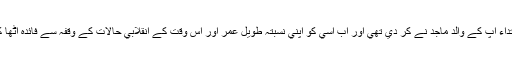
سوا علوم اھل بيت(ع)کے تحفظ و اشاعت کي اس مھم کے جس کي کھل کر ابتداء آپ کے والد ماجد نے کر دي تھي اور اب اسي کو اپني نسبتہ طويل عمر اور اس وقت کے انقلابي حالات کے وقفہ سے فائدہ اٹھا کر پورے طور سے فروغ دينے کا موقع حضرت امام جعفر صادق(ع)کو ملا۔